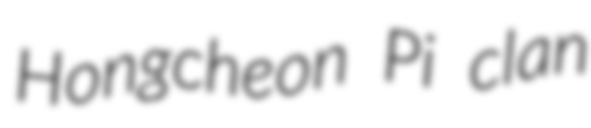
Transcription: Hongcheon Pi clan